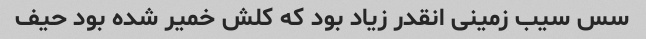
سس سیب زمینی انقدر زیاد بود که کلش خمیر شده بود حیف